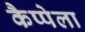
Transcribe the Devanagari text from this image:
कैप्पेला